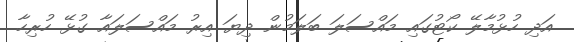
އަދި ހުޅުމާލޭ ކޯޓުގައި މައްސަލަ ބަލަމުން ދިޔަ އިރު މައްސަލައާ ގުޅޭ ހުރިހާ